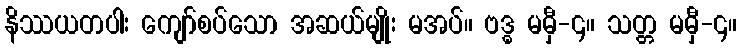
နိဿယတပါး ကျော်စပ်သော အဆယ်မျိုး မအပ်။ ဗဒ္ဓ မမှီ-၄။ သတ္တ မမှီ-၄။